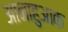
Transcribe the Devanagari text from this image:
आनाहुआक